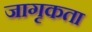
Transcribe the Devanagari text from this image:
जागृकता